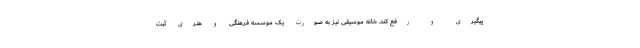
پیگیری و رفع کند. خانه موسیقی نیز به صورت یک موسسه فرهنگی و هنری ثبت